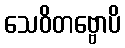
သေဝိတဗ္ဗောပိ